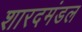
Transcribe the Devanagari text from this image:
शारदमंडल